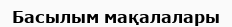
Басылым мақалалары